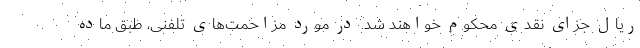
ریال جزای‌ نقدی محکوم خواهند شد. در مورد مزاحمت‌های تلفنی، طبق ماده